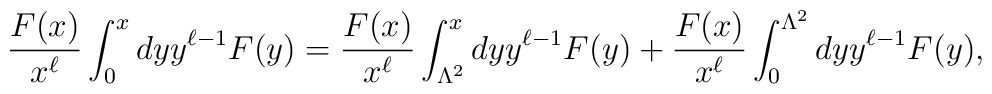
{F(x) \over x^{\ell}} \int_{0}^{x} dy y^{\ell-1} F(y) =  {F(x) \over x^{\ell}} \int_{\Lambda^2}^{x}dy y^{\ell-1} F(y) + {F(x) \over x^{\ell}} \int_{0}^{\Lambda^2}dy y^{\ell-1} F(y) ,